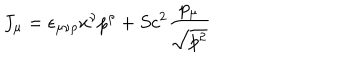
J _ { \mu } = \epsilon _ { \mu \nu \rho } x ^ { \nu } p ^ { \rho } + S c ^ { 2 } \frac { p _ { \mu } } { \sqrt { p ^ { 2 } } }